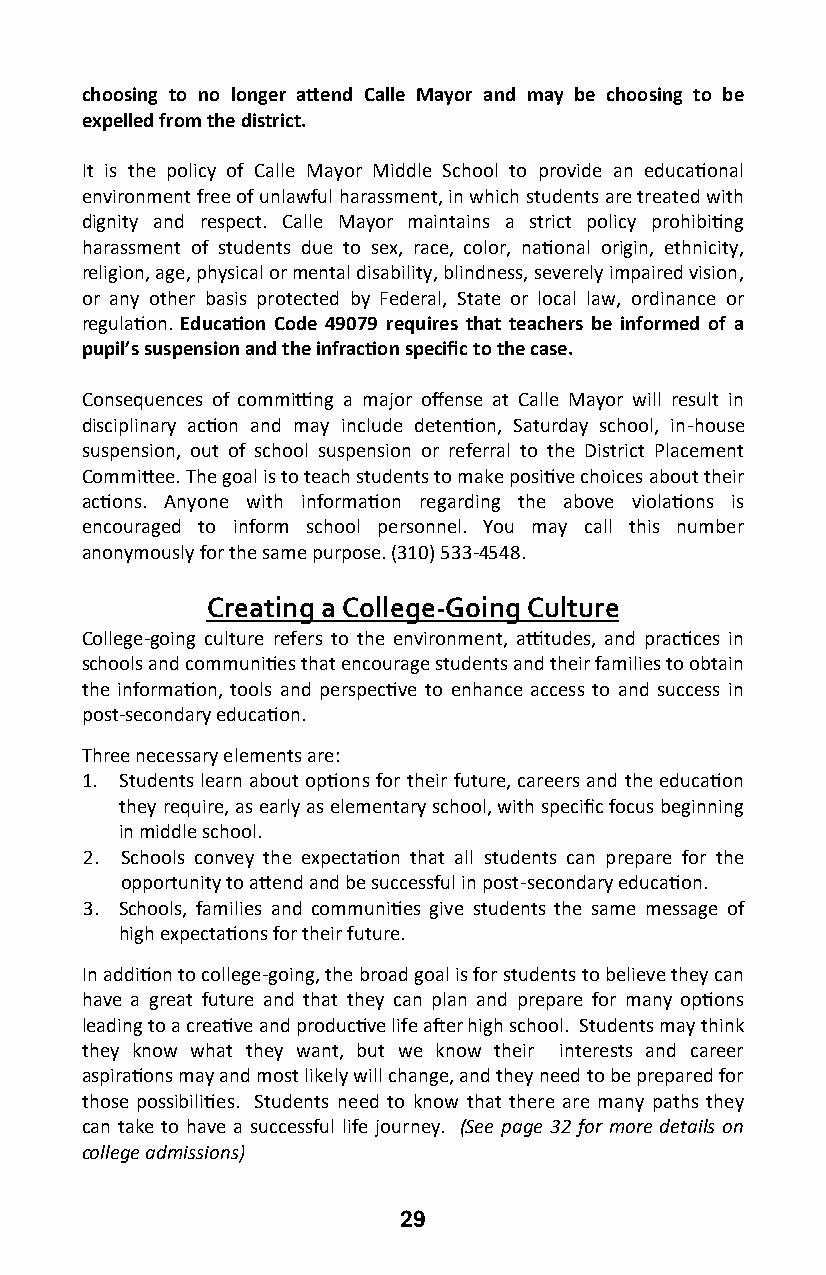
choosing to no longer attend Calle Mayor and may be choosing to be
 expelled from the district.
 It is the policy of Calle Mayor Middle School to provide an educational
 environment free of unlawful harassment, in which students are treated with
 dignity and respect. Calle Mayor maintains a strict policy prohibiting
 harassment of students due to sex, race, color, national origin, ethnicity,
 religion, age, physical or mental disability, blindness, severely impaired vision,
 or any other basis protected by Federal, State or local law, ordinance or
 regulation. Education Code 49079 requires that teachers be informed of a
 pupil’s suspension and the infraction specific to the case.
 Consequences of committing a major offense at Calle Mayor will result in
 disciplinary action and may include detention, Saturday school, in-house
 suspension, out of school suspension or referral to the District Placement
 Committee. The goal is to teach students to make positive choices about their
 actions. Anyone with information regarding the above violations is
 encouraged to inform school personnel. You may call this number
 anonymously for the same purpose. (310) 533-4548.
 Creating a College-Going Culture
 College-going culture refers to the environment, attitudes, and practices in
 schools and communities that encourage students and their families to obtain
 the information, tools and perspective to enhance access to and success in
 post-secondary education.
 Three necessary elements are:
 1. Students learn about options for their future, careers and the education
 they require, as early as elementary school, with specific focus beginning
 in middle school.
 2. Schools convey the expectation that all students can prepare for the
 opportunity to attend and be successful in post-secondary education.
 3. Schools, families and communities give students the same message of
 high expectations for their future.
 In addition to college-going, the broad goal is for students to believe they can
 have a great future and that they can plan and prepare for many options
 leading to a creative and productive life after high school. Students may think
 they know what they want, but we know their interests and career
 aspirations may and most likely will change, and they need to be prepared for
 those possibilities. Students need to know that there are many paths they
 can take to have a successful life journey. (See page 32 for more details on
 college admissions)
 29